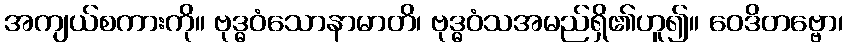
အကျယ်စကားကို။ ဗုဒ္ဓဝံသောနာမာတိ၊ ဗုဒ္ဓဝံသအမည်ရှိ၏ဟူ၍။ ဝေဒိတဗ္ဗော၊